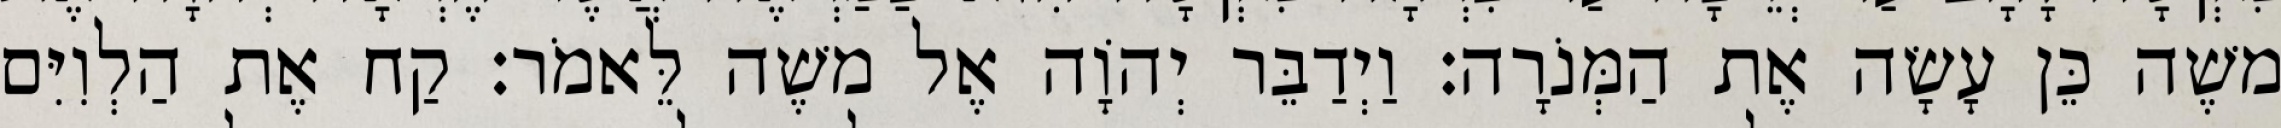
משֶׁה כֵּן עָשָׂה אֶת הַמְּנֹרָה׃ וַיְדַבֵּר יְהוָֹה אֶל משֶׁה לֵּאמֹר׃ קַח אֶת הַלְוִיִּם